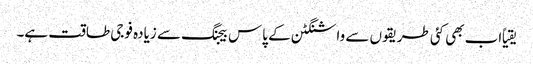
یقیاً اب بھی کئی طریقوں سے واشنگٹن کے پاس بیجنگ سے زیادہ فوجی طاقت ہے۔